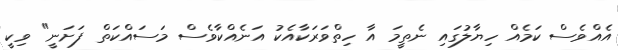
އެއްވެސް ކަމެއް ހިޔާލުގައި ނެތީމަ އާ ހިތްވަރަކާއެކު އަނެއްކާވެސް މަސައްކަތް ފަށަނީ" ވިކީ